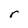
Character: r